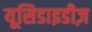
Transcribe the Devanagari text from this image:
यूसिडाइडीज़